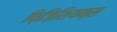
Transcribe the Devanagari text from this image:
फ़िज़िशियन्स